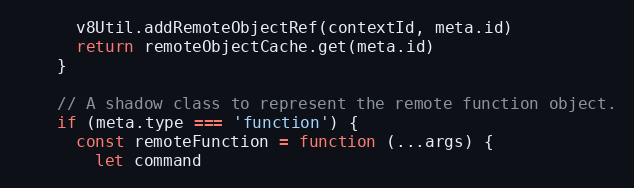
Language: JavaScript
      v8Util.addRemoteObjectRef(contextId, meta.id)
      return remoteObjectCache.get(meta.id)
    }

    // A shadow class to represent the remote function object.
    if (meta.type === 'function') {
      const remoteFunction = function (...args) {
        let command